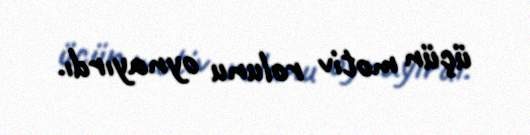
üçün motiv rolunu oynayırdı.